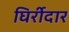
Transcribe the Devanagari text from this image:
घिर्रीदार